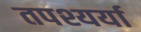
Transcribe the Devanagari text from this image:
तपश्यर्या